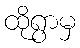
ထိုရွာမှ